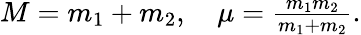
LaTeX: \begin{array}{r}{M=m_{1}+m_{2},\quad\mu=\frac{m_{1}m_{2}}{m_{1}+m_{2}}.}\end{array}